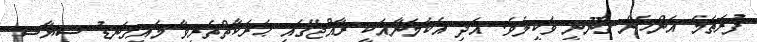
ފުރަތަމަ އަންހެން ޤާނޫނީ ވަކީލެވެ. އަދި އެކަމަނާއަކީ ރާއްޖޭގައި ޙަރަކާތްތެރިވާ މައިގަނޑު ސިޔާސީ